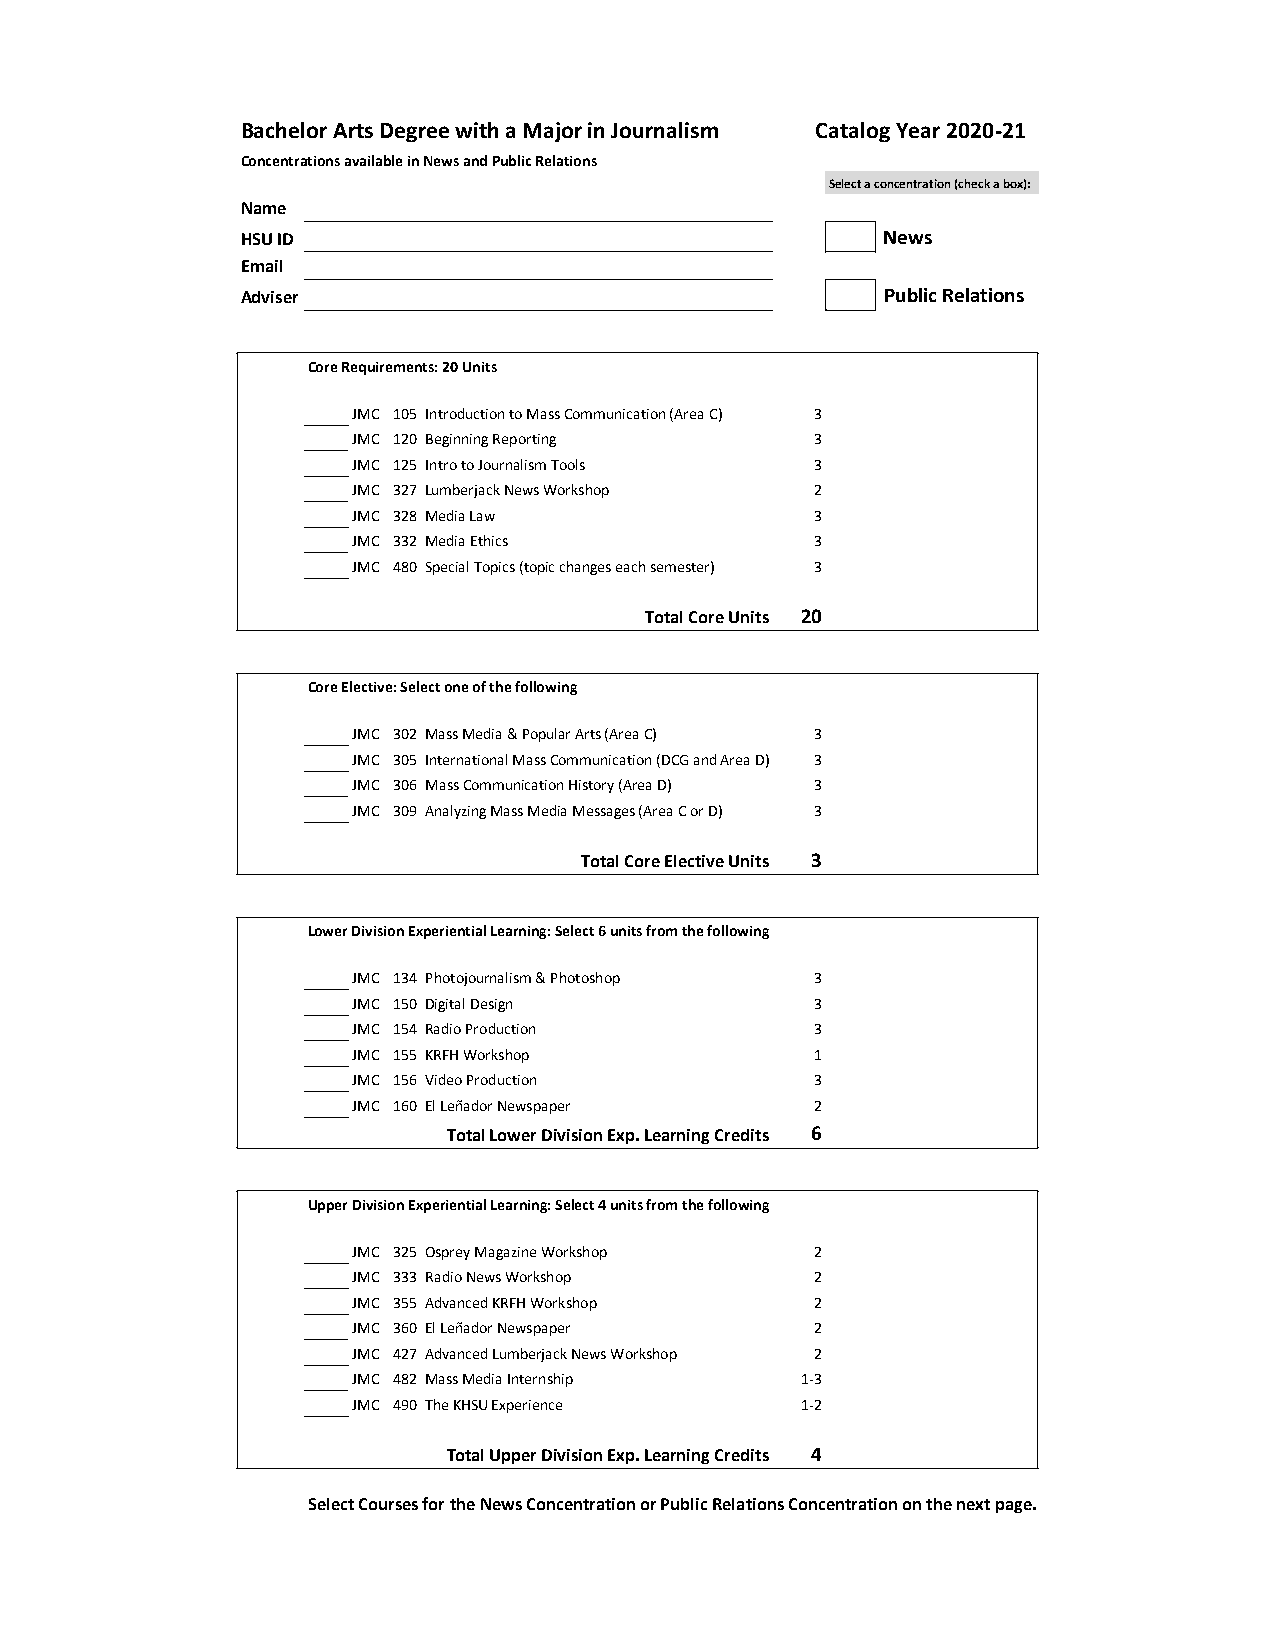
Bachelor Arts Degree with a Major in Journalism Catalog Year 2020-21
 Concentrations available in News and Public Relations
 Select a concentration (check a box):
 Name
 HSU ID                                     News
 Email
 Adviser                                    Public Relations
 Core Requirements: 20 Units
 JMC 105 Introduction to Mass Communication (Area C) 3
 JMC 120 Beginning Reporting    3
 JMC 125 Intro to Journalism Tools 3
 JMC 327 Lumberjack News Workshop 2
 JMC 328 Media Law              3
 JMC 332 Media Ethics           3
 JMC 480 Special Topics (topic changes each semester) 3
 Total Core Units 20
 Core Elective: Select one of the following
 JMC 302 Mass Media & Popular Arts (Area C) 3
 JMC 305 International Mass Communication (DCG and Area D) 3
 JMC 306 Mass Communication History (Area D) 3
 JMC 309 Analyzing Mass Media Messages (Area C or D) 3
 Total Core Elective Units 3
 Lower Division Experiential Learning: Select 6 units from the following courses
 JMC 134 Photojournalism & Photoshop 3
 JMC 150 Digital Design         3
 JMC 154 Radio Production       3
 JMC 155 KRFH Workshop          1
 JMC 156 Video Production       3
 JMC 160 El Leñador Newspaper   2
 Total Lower Division Exp. Learning Credits 6
 Upper Division Experiential Learning: Select 4 units from the following courses
 JMC 325 Osprey Magazine Workshop 2
 JMC 333 Radio News Workshop    2
 JMC 355 Advanced KRFH Workshop 2
 JMC 360 El Leñador Newspaper   2
 JMC 427 Advanced Lumberjack News Workshop 2
 JMC 482 Mass Media Internship 1-3
 JMC 490 The KHSU Experience   1-2
 Total Upper Division Exp. Learning Credits 4
 Select Courses for the News Concentration or Public Relations Concentration on the next page.